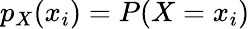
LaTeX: p_{X}(x_{i})=P(X=x_{i})